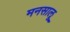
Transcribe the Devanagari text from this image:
मनसालू